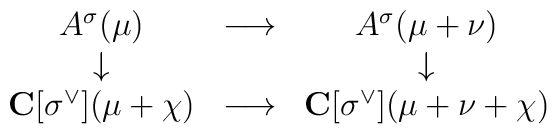
\begin{array}{ccc}A^{\sigma}(\mu) & \longrightarrow & A^{\sigma}(\mu + \nu) \\\downarrow & \, & \downarrow \\{\bf C}[\sigma^{\vee}](\mu + \chi) & \longrightarrow & {\bf C}[\sigma^{\vee}](\mu + \nu + \chi)\end{array}